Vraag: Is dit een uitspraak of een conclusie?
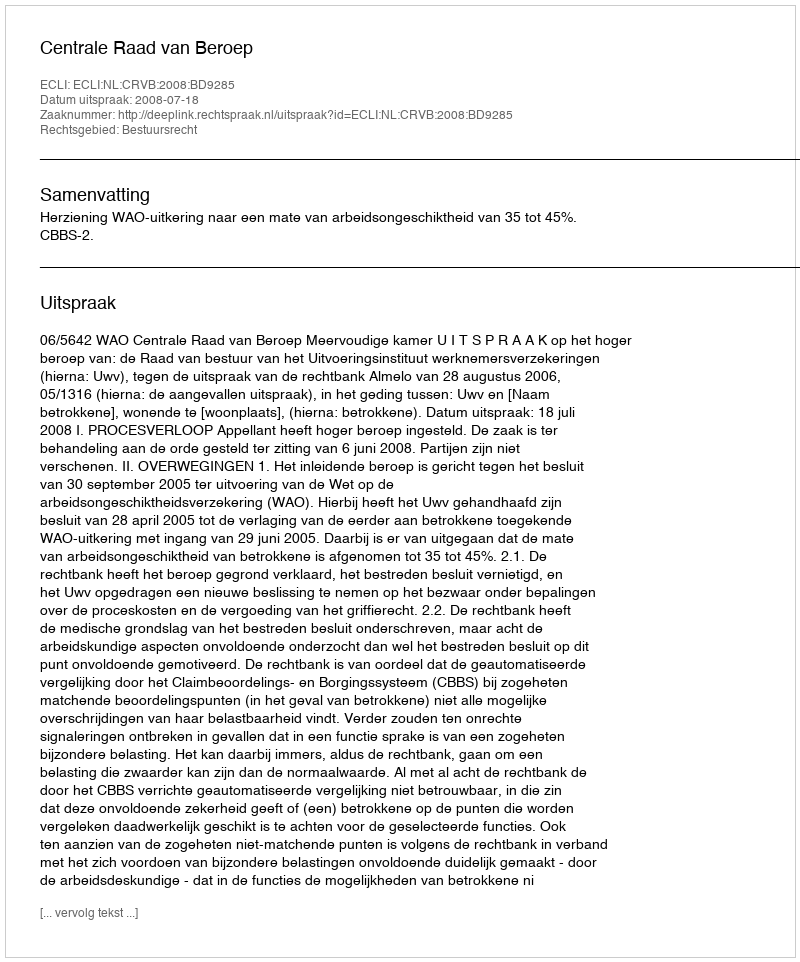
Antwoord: Uitspraak